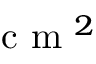
\mathrm { ~ c ~ m ~ } ^ { 2 }